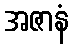
အဇာနံ